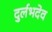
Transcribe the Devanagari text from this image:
दुर्लभदेव